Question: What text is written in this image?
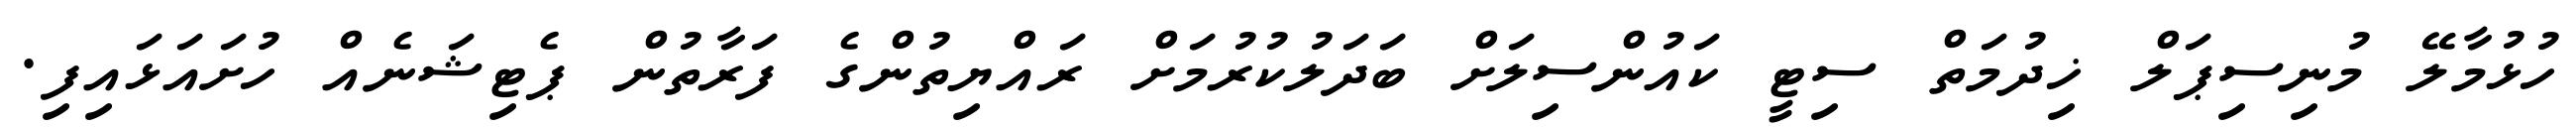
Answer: ހުޅުމާލޭ މުނިސިޕަލް ޚިދުމަތް ސިޓީ ކައުންސިލަށް ބަދަލުކުރުމަށް ރައްޔިތުންގެ ފަރާތުން ޕެޓިޝަނެއް ހުށައަޅައިފި.